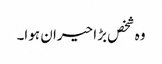
وہ شخص بڑا حیران ہوا۔